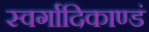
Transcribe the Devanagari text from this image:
स्वर्गादिकाण्डं